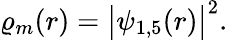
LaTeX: \varrho_{m}(r)=\big|\psi_{1,5}(r)\big|^{2}.